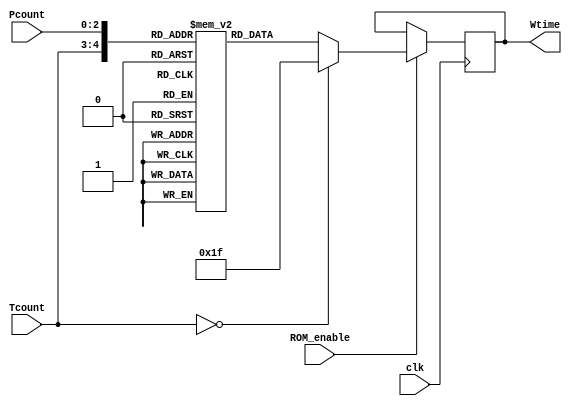
module ROM (
    input clk, ROM_enable,
    input[1:0] Tcount,
    input[2:0] Pcount,
    output reg[4:0] Wtime
);
    // Max Wtime = 21 (5 bits) when Tcount = 1 and Pcount = 7 
    reg[4:0] memory [31:8]; // 5 bits data and 24 locations
    wire[4:0] address;
    assign address = {Tcount,Pcount};

    always @(posedge clk)
    begin
        if(ROM_enable)
        begin
            if(Tcount == 0)
                //! No teller is serving
                Wtime <= 5'b11111;
            else
                Wtime <= memory[address];
        end
    end

    initial 
    begin
        memory[8]  = 5'd0;
        memory[9]  = 5'd3;
        memory[10] = 5'd6;
        memory[11] = 5'd9;
        memory[12] = 5'd12;
        memory[13] = 5'd15;
        memory[14] = 5'd18;
        memory[15] = 5'd21;

        memory[16] = 5'd0;
        memory[17] = 5'd3;
        memory[18] = 5'd5; //Round 4.5
        memory[19] = 5'd6;
        memory[20] = 5'd8; //Round 7.5
        memory[21] = 5'd9;
        memory[22] = 5'd11;//Round 10.5
        memory[23] = 5'd12;

        memory[24] = 5'd0;
        memory[25] = 5'd3;
        memory[26] = 5'd4;
        memory[27] = 5'd5;
        memory[28] = 5'd6;
        memory[29] = 5'd7;
        memory[30] = 5'd8;
        memory[31] = 5'd9;
    end

endmodule